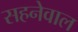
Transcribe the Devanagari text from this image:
सहनेवाल